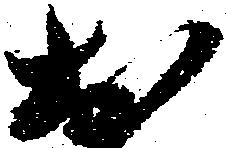
於